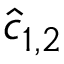
\hat { c } _ { 1 , 2 }